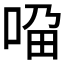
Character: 𱒼